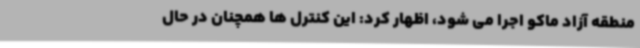
منطقه آزاد ماکو اجرا می شود، اظهار کرد: این کنترل ها همچنان در حال